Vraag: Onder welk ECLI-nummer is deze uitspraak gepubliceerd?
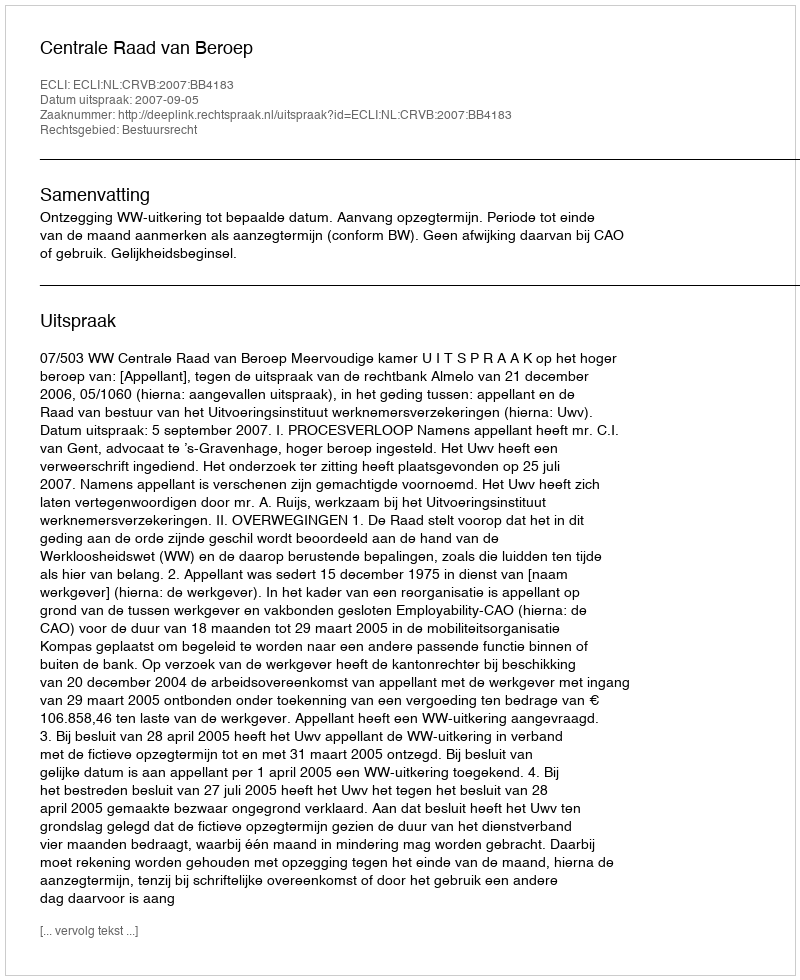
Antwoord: ECLI:NL:CRVB:2007:BB4183